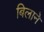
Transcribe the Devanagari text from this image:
बिलाने